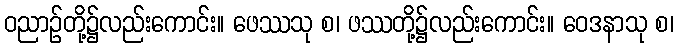
ဝညာဉ်တို့၌လည်းကောင်း။ ဖေဿသု စ၊ ဖဿတို့၌လည်းကောင်း။ ဝေဒနာသု စ၊